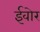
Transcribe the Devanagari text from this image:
ईवोर